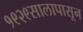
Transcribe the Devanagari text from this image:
१९२९सालापासून